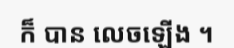
ក៏ បាន លេចឡើង ។